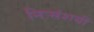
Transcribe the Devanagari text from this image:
निःसंशयी